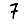
Digit: 7